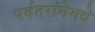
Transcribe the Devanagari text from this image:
पर्वतरांगेमधे